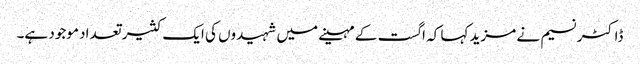
ڈاکٹر نسیم نے مزید کہا کہ اگست کے مہینے میں شہیدوں کی ایک کثیر تعداد موجود ہے۔